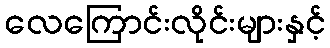
လေကြောင်းလိုင်းများနှင့်